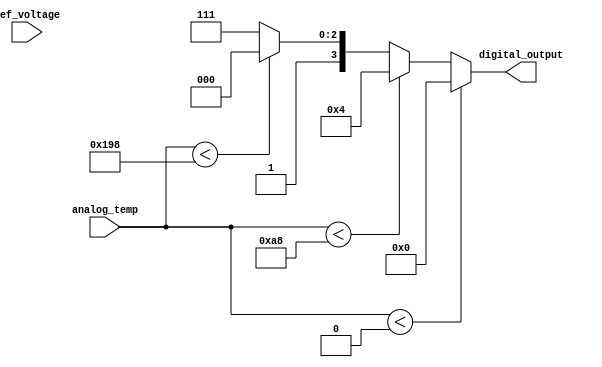
module thermal_encoder (
    input [9:0] analog_temp, // 10-bit analog temperature signal
    input [9:0] ref_voltage,  // Reference voltage for threshold comparison
    output reg [3:0] digital_output // 4-bit digital output
);

// Define temperature thresholds (in 10-bit representation)
parameter TEMP_MIN = 10'b0000000000; // -20C
parameter TEMP_0  = 10'b0010101000; // 0C
parameter TEMP_100 = 10'b0110011000; // 100C

always @(*) begin
    // Default output
    digital_output = 4'b0000;

    // Threshold comparisons and binary encoding
    if (analog_temp < TEMP_MIN) begin
        digital_output = 4'b0000; // -20C
    end else if (analog_temp < TEMP_0) begin
        digital_output = 4'b0100; // 0C
    end else if (analog_temp < TEMP_100) begin
        digital_output = 4'b1000; // 50C (midpoint for example)
    end else begin
        digital_output = 4'b1111; // 100C
    end
end

endmodule